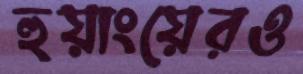
হুয়াংয়েরও